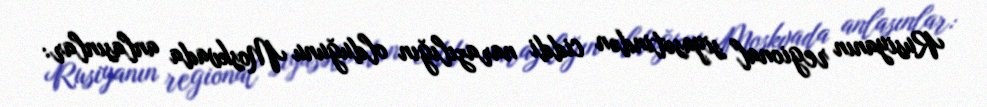
Rusiyanın regional siyasətindən ciddi narazılığın olduğunu Moskvada anlasınlar: